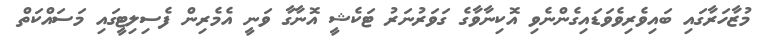
މުޒާހަރާގައި ބައިވެރިވެވަޑައިގެންނެވި އޮކިނާވާގެ ގަވަރުނަރު ޓަކެޝީ އޮނާގާ ވަނީ އެމެރިން ފެސިލިޓީގައި މަސައްކަތް